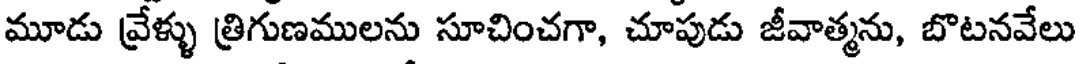
మూడు వ్రేళ్ళు త్రిగుణములను సూచించగా, చూపుడు జీవాత్మను, బొటనవేలు